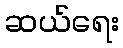
ဆယ်ရေး